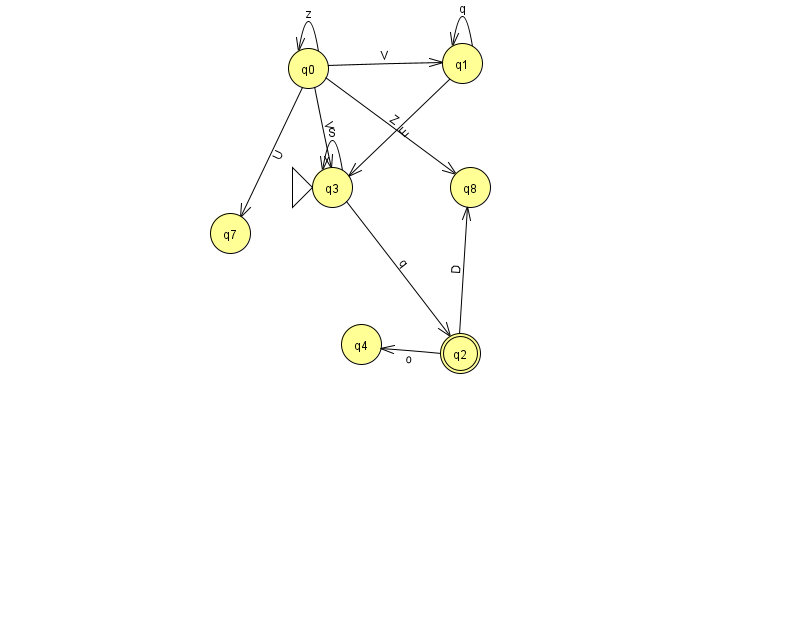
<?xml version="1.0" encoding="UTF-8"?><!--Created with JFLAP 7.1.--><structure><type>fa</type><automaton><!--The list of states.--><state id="0" name="q0"><x>308.0</x><y>55.0</y></state><state id="1" name="q1"><x>462.0</x><y>50.0</y></state><state id="2" name="q2"><x>460.0</x><y>340.0</y><final/></state><state id="3" name="q3"><x>332.0</x><y>174.0</y><initial/></state><state id="4" name="q4"><x>361.0</x><y>331.0</y></state><state id="7" name="q7"><x>230.0</x><y>220.0</y></state><state id="8" name="q8"><x>470.0</x><y>174.0</y></state><!--The list of transitions.--><transition><from>1</from><to>3</to><read>E</read></transition><transition><from>1</from><to>1</to><read>q</read></transition><transition><from>3</from><to>3</to><read>S</read></transition><transition><from>0</from><to>8</to><read>Z</read></transition><transition><from>2</from><to>4</to><read>o</read></transition><transition><from>2</from><to>8</to><read>D</read></transition><transition><from>3</from><to>2</to><read>q</read></transition><transition><from>0</from><to>0</to><read>z</read></transition><transition><from>0</from><to>1</to><read>V</read></transition><transition><from>0</from><to>7</to><read>U</read></transition><transition><from>0</from><to>3</to><read>V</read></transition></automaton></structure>